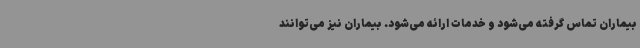
بیماران تماس گرفته می‌شود و خدمات ارائه می‌شود. بیماران نیز می‌توانند